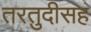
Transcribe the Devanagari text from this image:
तरतुदीसह